Statistical return of the lunatic asylum in Assam - 1912-1932
Year: 1912
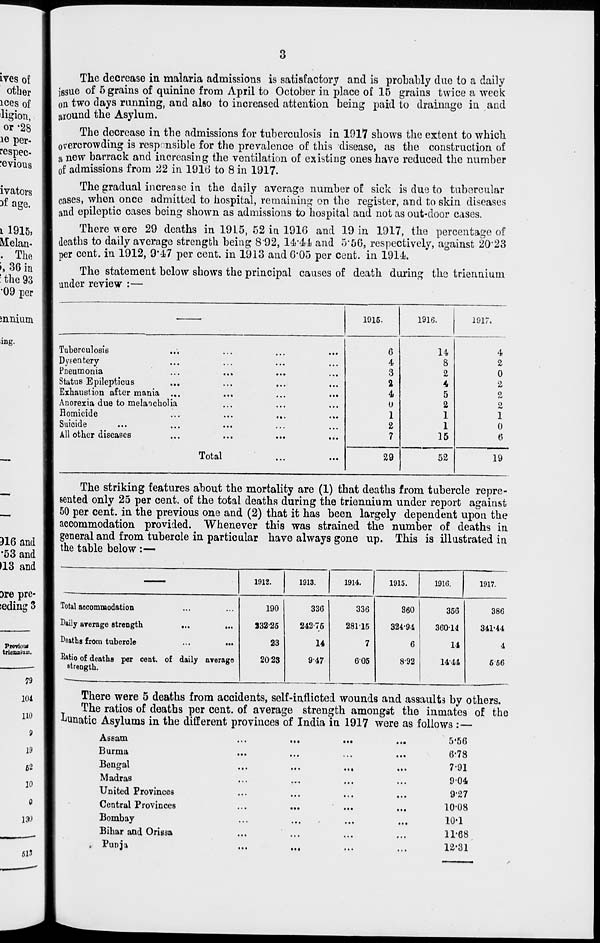
3
The decrease in malaria admissions is satisfactory and is probably due to a daily
issue of 6 grains of quinine from April to October in place of 15 grains twice a week
on two days running, and also to increased attention being paid to drainage in and
around the Asylum.
The decrease in the admissions for tuberculosis in 1917 shows the extent to which
overcrowding is responsible for the prevalence of this disease, as the construction of
a new barrack and increasing the ventilation of existing ones have reduced the number
0 f admissions from 22 in 1916 to 8 in 1917.
The gradual increase in the daily average number of sick is due to tubercular
cases, when once admitted to hospital, remaining on the register, and to skin diseases
and epileptic cases being shown as admissions to hospital and not as out-door cases.
There were 29 deaths in 1915, 52 in 1916 and 19 in 1917, the percentage of
deaths to daily average strength being 8'92, 14f41 and 5*56, respectively, against 20'23
per cent, in 1912, 9'47 per cent, in 1913 and 6'05 per cent, in 1914.
The statement below shows the principal causes of death during the triennium
under review :—
1915-
1916.
1917.
Tuberculosis
...
6
n
4
Dysentery
...
...
4
8
2
Pneumonia
...
.., •
•••
• >•
3
2
0
Status Epilepticus
...
...
2
4
2
Exhaustion after mania ...
...
4
5
2
Anorexia due to melancholia
...
•..
0
2
2
Homicide
•
•• •
...
1
1
1
Suicide
2
1
0
All other diseases
...
♦ ..
7
15
6
Total
29
52
19
The striking features about the mortality are (1) that deaths from tubercle repre-
sented only 25 per cent, of the total deaths during the triennium under report against
50 per cent, in the previous one and (2) that it has been largely dependent upon the
accommodation provided. Whenever this was strained the number of deaths in
general and from tubercle in particular have always gone up. This is illustrated in
the table below:—-
1912.
1913.
1914.
1915.
1916.
1917.
Total accommodation
...
190
336
336
360
356
386
Daily average strength
...
332-25
24275
28115
324-94
36014
341-44
Deaths from tuherole
...
23
14
7
6
14
4
Ratio of deaths per cent,
strength.
of daily average
2023
947
605
8-92
14-44
656
There were 5 deaths from accidents, self-inflicted wounds and assaults by others.
The ratios of deaths per cent, of average strength amongst the inmates of the
bunatic Asylums in the different provinces of India in 1917 were as follows :—
Assam
Burma
Bengal
Madras
United Provinces
Central Provinces
Bombay
Bihar and Orissa
Punja
• ••
5*56
6-78
7-91
9-04
9'27
10'08
10-1
11*68
12-31